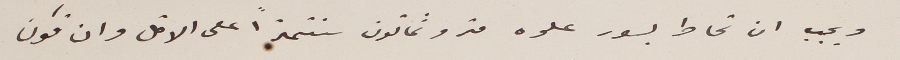
ويجب  ان تحاط بسور علوه متر وثمانون سنتمتراً على الاقل وان تكون